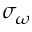
\sigma _ { \omega }